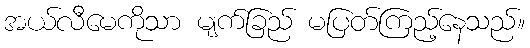
အယ်လီမေကိုသာ မျက်ခြည် မပြတ်ကြည့်နေသည်။